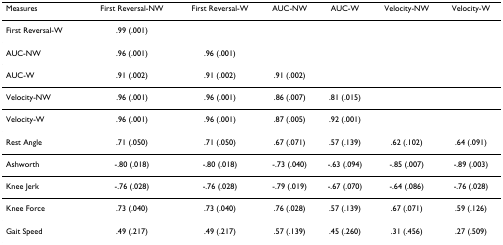
<table><thead><tr><td><b>Measures</b></td><td><b>First Reversal-NW</b></td><td><b>First Reversal-W</b></td><td><b>AUC-NW</b></td><td><b>AUC-W</b></td><td><b>Velocity-NW</b></td><td><b>Velocity-W</b></td></tr></thead><tbody><tr><td>First Reversal-W</td><td>.99 (.001)</td><td></td><td></td><td></td><td></td><td></td></tr><tr><td>AUC-NW</td><td>.96 (.001)</td><td>.96 (.001)</td><td></td><td></td><td></td><td></td></tr><tr><td>AUC-W</td><td>.91 (.002)</td><td>.91 (.002)</td><td>.91 (.002)</td><td></td><td></td><td></td></tr><tr><td>Velocity-NW</td><td>.96 (.001)</td><td>.96 (.001)</td><td>.86 (.007)</td><td>.81 (.015)</td><td></td><td></td></tr><tr><td>Velocity-W</td><td>.96 (.001)</td><td>.96 (.001)</td><td>.87 (.005)</td><td>.92 (.001)</td><td></td><td></td></tr><tr><td>Rest Angle</td><td>.71 (.050)</td><td>.71 (.050)</td><td>.67 (.071)</td><td>.57 (.139)</td><td>.62 (.102)</td><td>.64 (.091)</td></tr><tr><td>Ashworth</td><td>-.80 (.018)</td><td>-.80 (.018)</td><td>-.73 (.040)</td><td>-.63 (.094)</td><td>-.85 (.007)</td><td>-.89 (.003)</td></tr><tr><td>Knee Jerk</td><td>-.76 (.028)</td><td>-.76 (.028)</td><td>-.79 (.019)</td><td>-.67 (.070)</td><td>-.64 (.086)</td><td>-.76 (.028)</td></tr><tr><td>Knee Force</td><td>.73 (.040)</td><td>.73 (.040)</td><td>.76 (.028)</td><td>.57 (.139)</td><td>.67 (.071)</td><td>.59 (.126)</td></tr><tr><td>Gait Speed</td><td>.49 (.217)</td><td>.49 (.217)</td><td>.57 (.139)</td><td>.45 (.260)</td><td>.31 (.456)</td><td>.27 (.509)</td></tr></tbody></table>